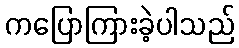
ကပြောကြားခဲ့ပါသည်